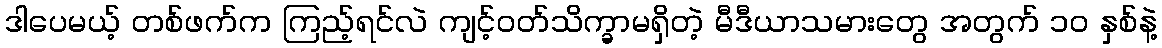
ဒါပေမယ့် တစ်ဖက်က ကြည့်ရင်လဲ ကျင့်ဝတ်သိက္ခာမရှိတဲ့ မီဒီယာသမားတွေ အတွက် ၁၀ နှစ်နဲ့